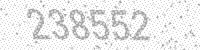
Solution: 238552